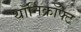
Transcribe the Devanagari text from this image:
थॉर्निक्रॉफ्ट